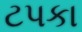
ટપકા